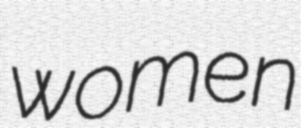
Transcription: women